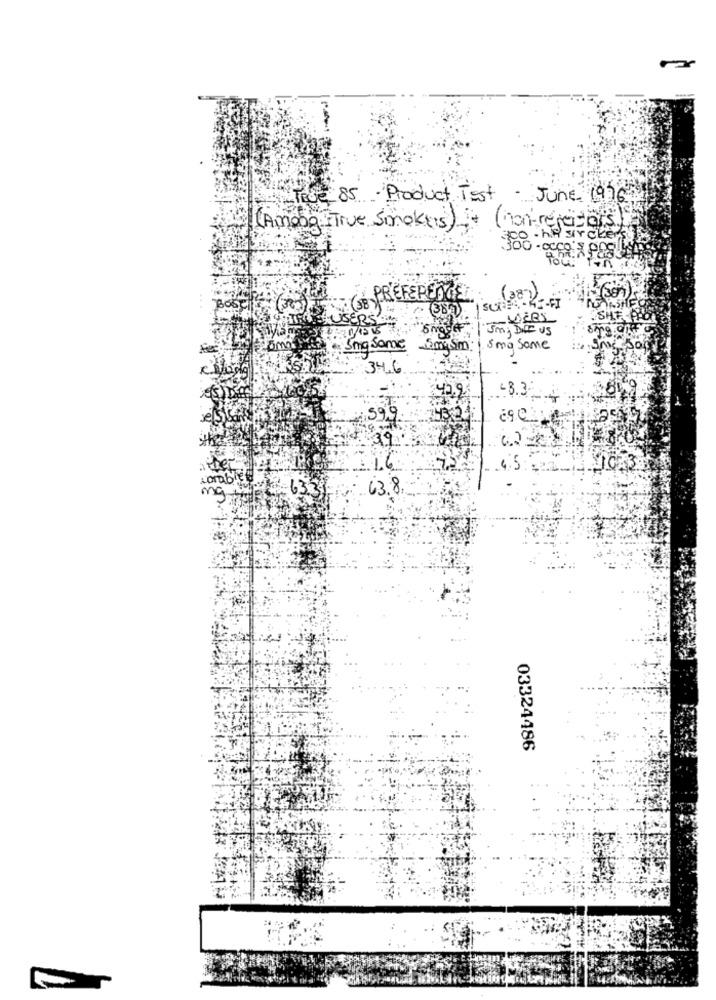
Toe 85 Product Test - June 1976
( Among True Smokers)
(non-refactors)
. hip sir ckers
300 - occo's
PREFERENCE
(38-
7387
VIERI
SHE
3 m ; DIE US
5mg Same
amy Sm
5 mg Same
34.6
42.
-3.3
599
3,9
1.6
4.5
63,8
03324486